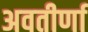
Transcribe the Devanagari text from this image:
अवतीर्णा